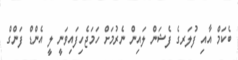
ބެކަމް އާއި ފުލަރގެ ފެޝަން ލައިން ނެރުމަށް ހަމަޖެހިފައިވަނީ ލީ އެންޑް ފަންގް